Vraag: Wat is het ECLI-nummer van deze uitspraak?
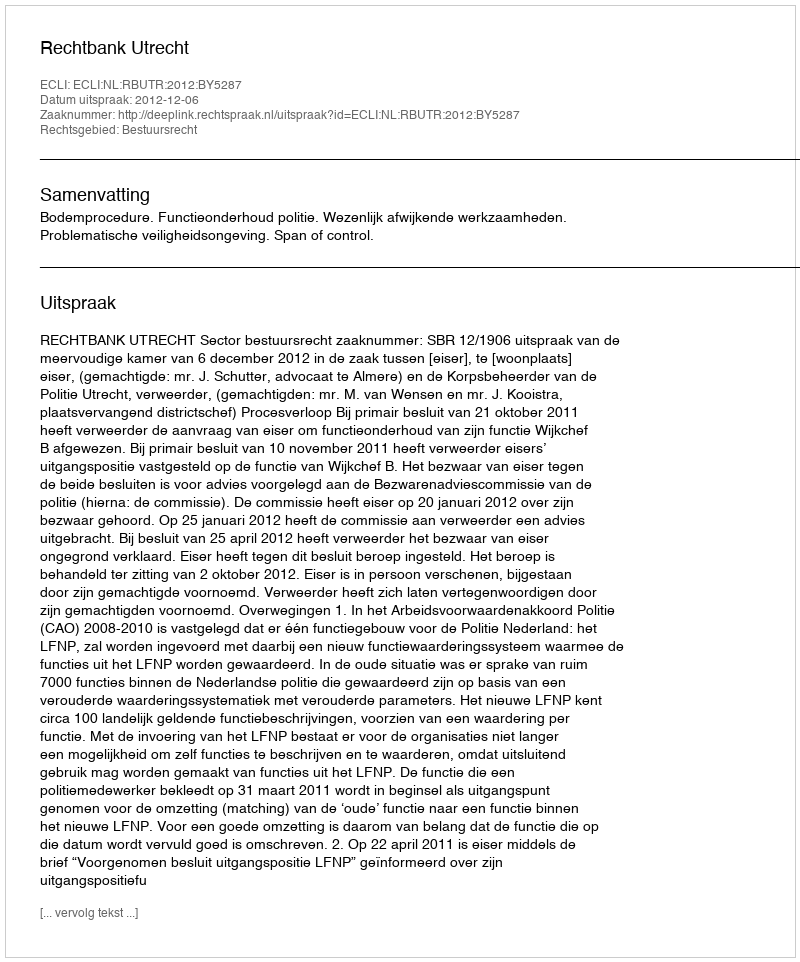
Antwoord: ECLI:NL:RBUTR:2012:BY5287